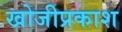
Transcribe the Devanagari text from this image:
खोजीप्रकाश